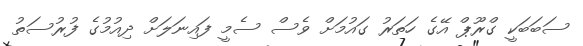
ސަބަބަކީ ގްރޫޕް އޭގެ ހަތަރު ގައުމަށް ވެސް ސެމީ ފައިނަލަށް ދިއުމުގެ ފުރުސަތު